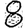
Digit: 8